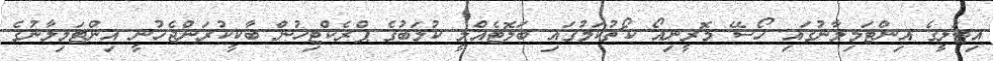
އިޓަލީގެ އިންޓަމިލާނުގައި ހޯސޭ މޮރީނިއޯ ކޯޗުކަމުގައި ބަލޮޓެއްލީ ކުލަބުގެ ޕްރެކްޓިހުން ބާކީކުރަންޖެހުނީ އިންޓަމިލާނުގެ